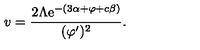
v = \frac { 2 \Lambda \mathrm { e } ^ { - ( 3 \alpha + \varphi + c \beta ) } } { ( \varphi ^ { \prime } ) ^ { 2 } } .